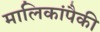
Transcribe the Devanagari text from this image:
मालिकांपैकी